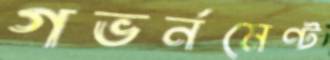
গভর্নমেণ্ট